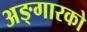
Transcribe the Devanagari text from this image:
अङ्गारको